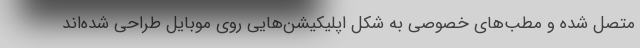
متصل شده و مطب‌های خصوصی به شکل اپلیکیشن‌هایی روی موبایل طراحی شده‌اند